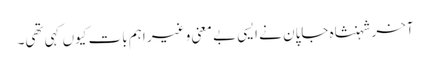
آخر شہنشاہ جاپان نے ایسی بے معنی و غیر اہم بات کیوں کہی تھی۔